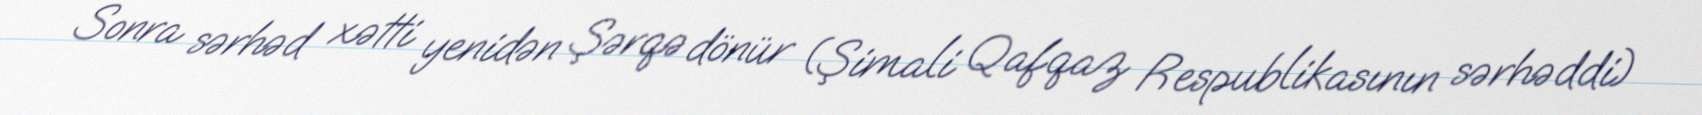
Sonra sərhəd xətti yenidən Şərqə dönür (Şimali Qafqaz Respublikasının sərhəddi)